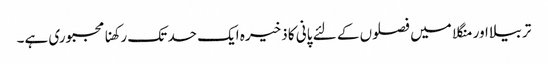
تربیلا اور منگلا میں فصلوں کے لئے پانی کا ذخیرہ ایک حد تک رکھنا مجبوری ہے۔